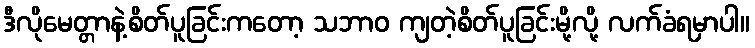
ဒီလိုမေတ္တာနဲ့စိတ်ပူခြင်းကတော့ သဘာဝ ကျတဲ့စိတ်ပူခြင်းမို့လို့ လက်ခံရမှာပါ။